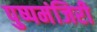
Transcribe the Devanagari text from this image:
पुष्पमंजिरी